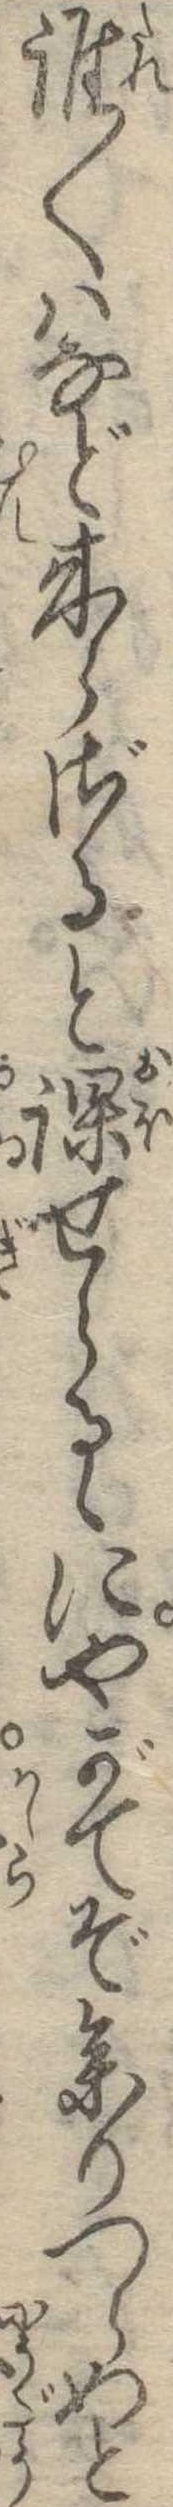
誰〱はなど来らざると課せらるゝにやがてぞ参りつらめと